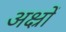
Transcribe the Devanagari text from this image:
अक्ष्रों